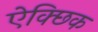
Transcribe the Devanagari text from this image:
ऐक्छिक